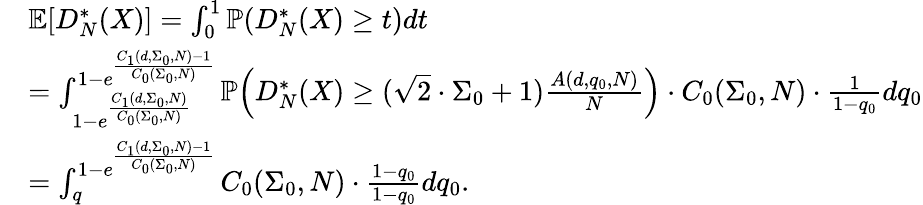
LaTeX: \begin{array}{rl}&{\mathbb{E}[D_{N}^{*}(X)]=\int_{0}^{1}\mathbb{P}(D_{N}^{*}(X)\ge t)dt}\\ &{=\int_{1-e^{\frac{C_{1}(d,\Sigma_{0},N)}{C_{0}(\Sigma_{0},N)}}}^{1-e^{\frac{C_{1}(d,\Sigma_{0},N)-1}{C_{0}(\Sigma_{0},N)}}}\mathbb{P}\Big(D_{N}^{*}(X)\ge(\sqrt{2}\cdot\Sigma_{0}+1)\frac{A(d,q_{0},N)}{N}\Big)\cdot C_{0}(\Sigma_{0},N)\cdot\frac{1}{1-q_{0}}dq_{0}}\\ &{=\int_{q}^{1-e^{\frac{C_{1}(d,\Sigma_{0},N)-1}{C_{0}(\Sigma_{0},N)}}}C_{0}(\Sigma_{0},N)\cdot\frac{1-q_{0}}{1-q_{0}}dq_{0}.}\end{array}